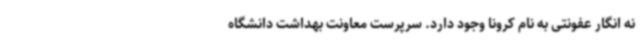
نه انگار عفونتی به نام کرونا وجود دارد. سرپرست معاونت بهداشت دانشگاه